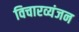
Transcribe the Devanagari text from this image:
विचारव्यंजन